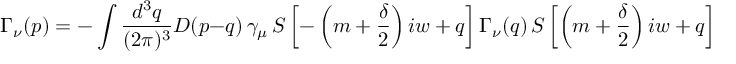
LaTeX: \Gamma _ { \nu } ( p ) = - \int \frac { d ^ { 3 } q } { ( 2 \pi ) ^ { 3 } } D ( p - q ) \, \gamma _ { \mu } \, S \left[ - \left( m + \frac { \delta } { 2 } \right) i w + q \right] \Gamma _ { \nu } ( q ) \, S \left[ \left( m + \frac { \delta } { 2 } \right) i w + q \right] \gamma _ { \mu } .